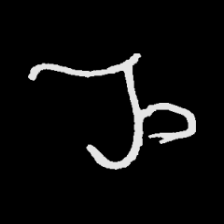
Pyu character \u2014 Myanmar letter: ည (romanized: nya)